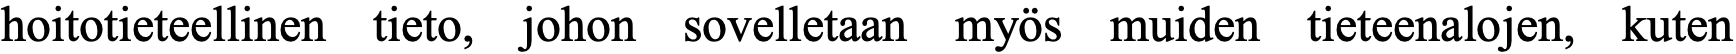
hoitotieteellinen tieto, johon sovelletaan myös muiden tieteenalojen, kuten